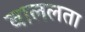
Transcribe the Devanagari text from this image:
बाललता